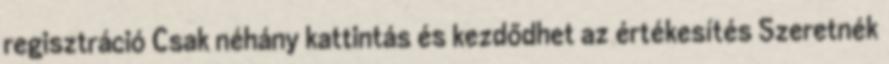
regisztráció Csak néhány kattintás és kezdődhet az értékesítés Szeretnék